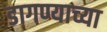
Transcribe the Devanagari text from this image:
डागण्याच्या